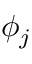
\phi _ { j }